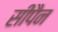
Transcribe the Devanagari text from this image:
सीपैन